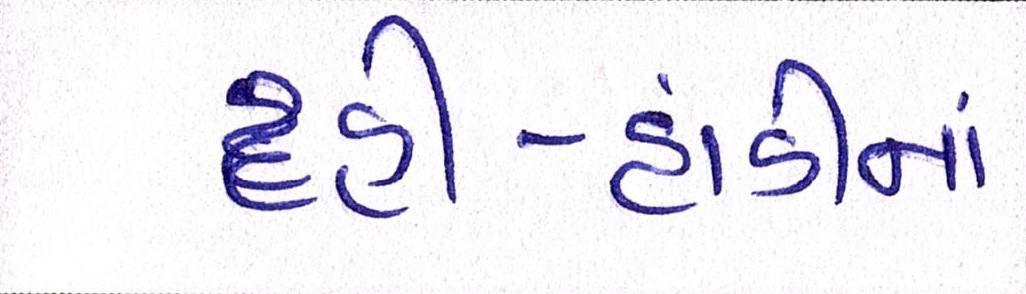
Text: દહીં-હાંડીનાં